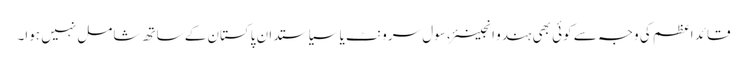
قائد اعظم کی وجہ سے کوئی بھی ہندو انجینئر، سول سرونٹ یا سیاستدان پاکستان کے ساتھ شامل نہیں ہوا۔